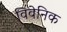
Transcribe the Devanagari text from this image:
विवेनिक